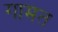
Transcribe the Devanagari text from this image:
गामत